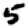
Digit: 5